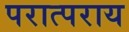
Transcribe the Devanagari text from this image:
परात्पराय